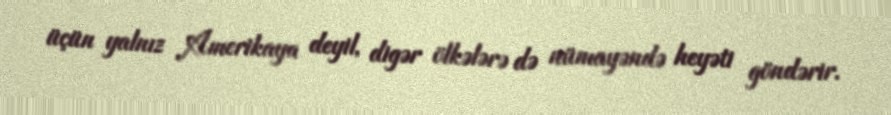
üçün yalnız Amerikaya deyil, digər ölkələrə də nümayəndə heyəti göndərir.